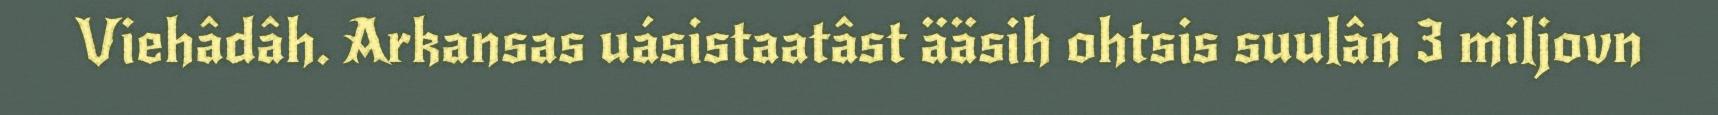
Viehâdâh. Arkansas uásistaatâst ääsih ohtsis suulân 3 miljovn